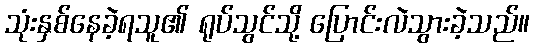
သုံးနှစ်နေခဲ့ရသူ၏ ရုပ်သွင်သို့ ပြောင်းလဲသွားခဲ့သည်။